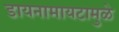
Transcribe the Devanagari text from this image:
डायनामायटामुळे